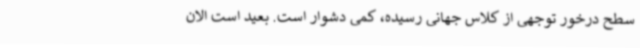
سطح درخور توجهی از کلاس جهانی رسیده، کمی دشوار است. بعید است الان